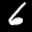
Label: 6